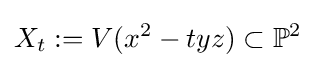
X_{t}:=V(x^{2}-tyz)\subset \mathbb {P} ^{2}